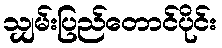
သျှမ်းပြည်တောင်ပိုင်း